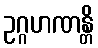
ဥဂ္ဂဟဏန္တိ